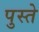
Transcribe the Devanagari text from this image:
पुस्ते